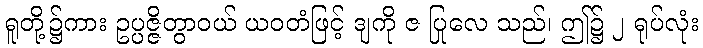
ရူတို့၌ကား ဥပ္ပဇ္ဇိတွာဝယ် ယဝတံဖြင့် ဒျကို ဇ ပြုလေ သည်၊ ဤ၌ ၂ ရုပ်လုံး